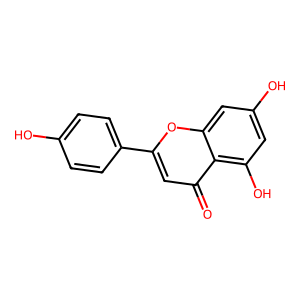
SMILES: O=c1cc(-c2ccc(O)cc2)oc2cc(O)cc(O)c12
Inhibits HIV replication: No